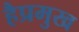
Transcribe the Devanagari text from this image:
हैप्रमुख